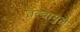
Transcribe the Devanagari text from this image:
तत्वामुळे